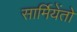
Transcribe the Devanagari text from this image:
सार्मियेंतो